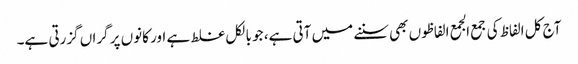
آج کل الفاظ کی جمع الجمع الفاظوں بھی سننے میں آتی ہے، جو بالکل غلط ہے اور کانوں پر گراں گزرتی ہے۔